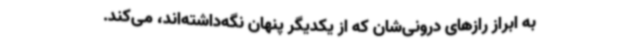
به ابراز رازهای درونی‌شان که از یکدیگر پنهان نگه‌داشته‌اند، می‌کند.